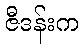
ဇီဒန်းက